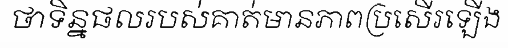
ថាទិន្នផលរបស់គាត់មានភាពប្រសើរឡើង